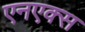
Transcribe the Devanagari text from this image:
एनएक्स